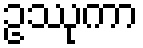
ဥဿုကာ